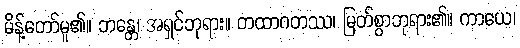
မိန့်တော်မူ၏။ ဘန္တေ၊ အရှင်ဘုရား။ တထာဂတဿ၊ မြတ်စွာဘုရား၏။ ကာယေ၊